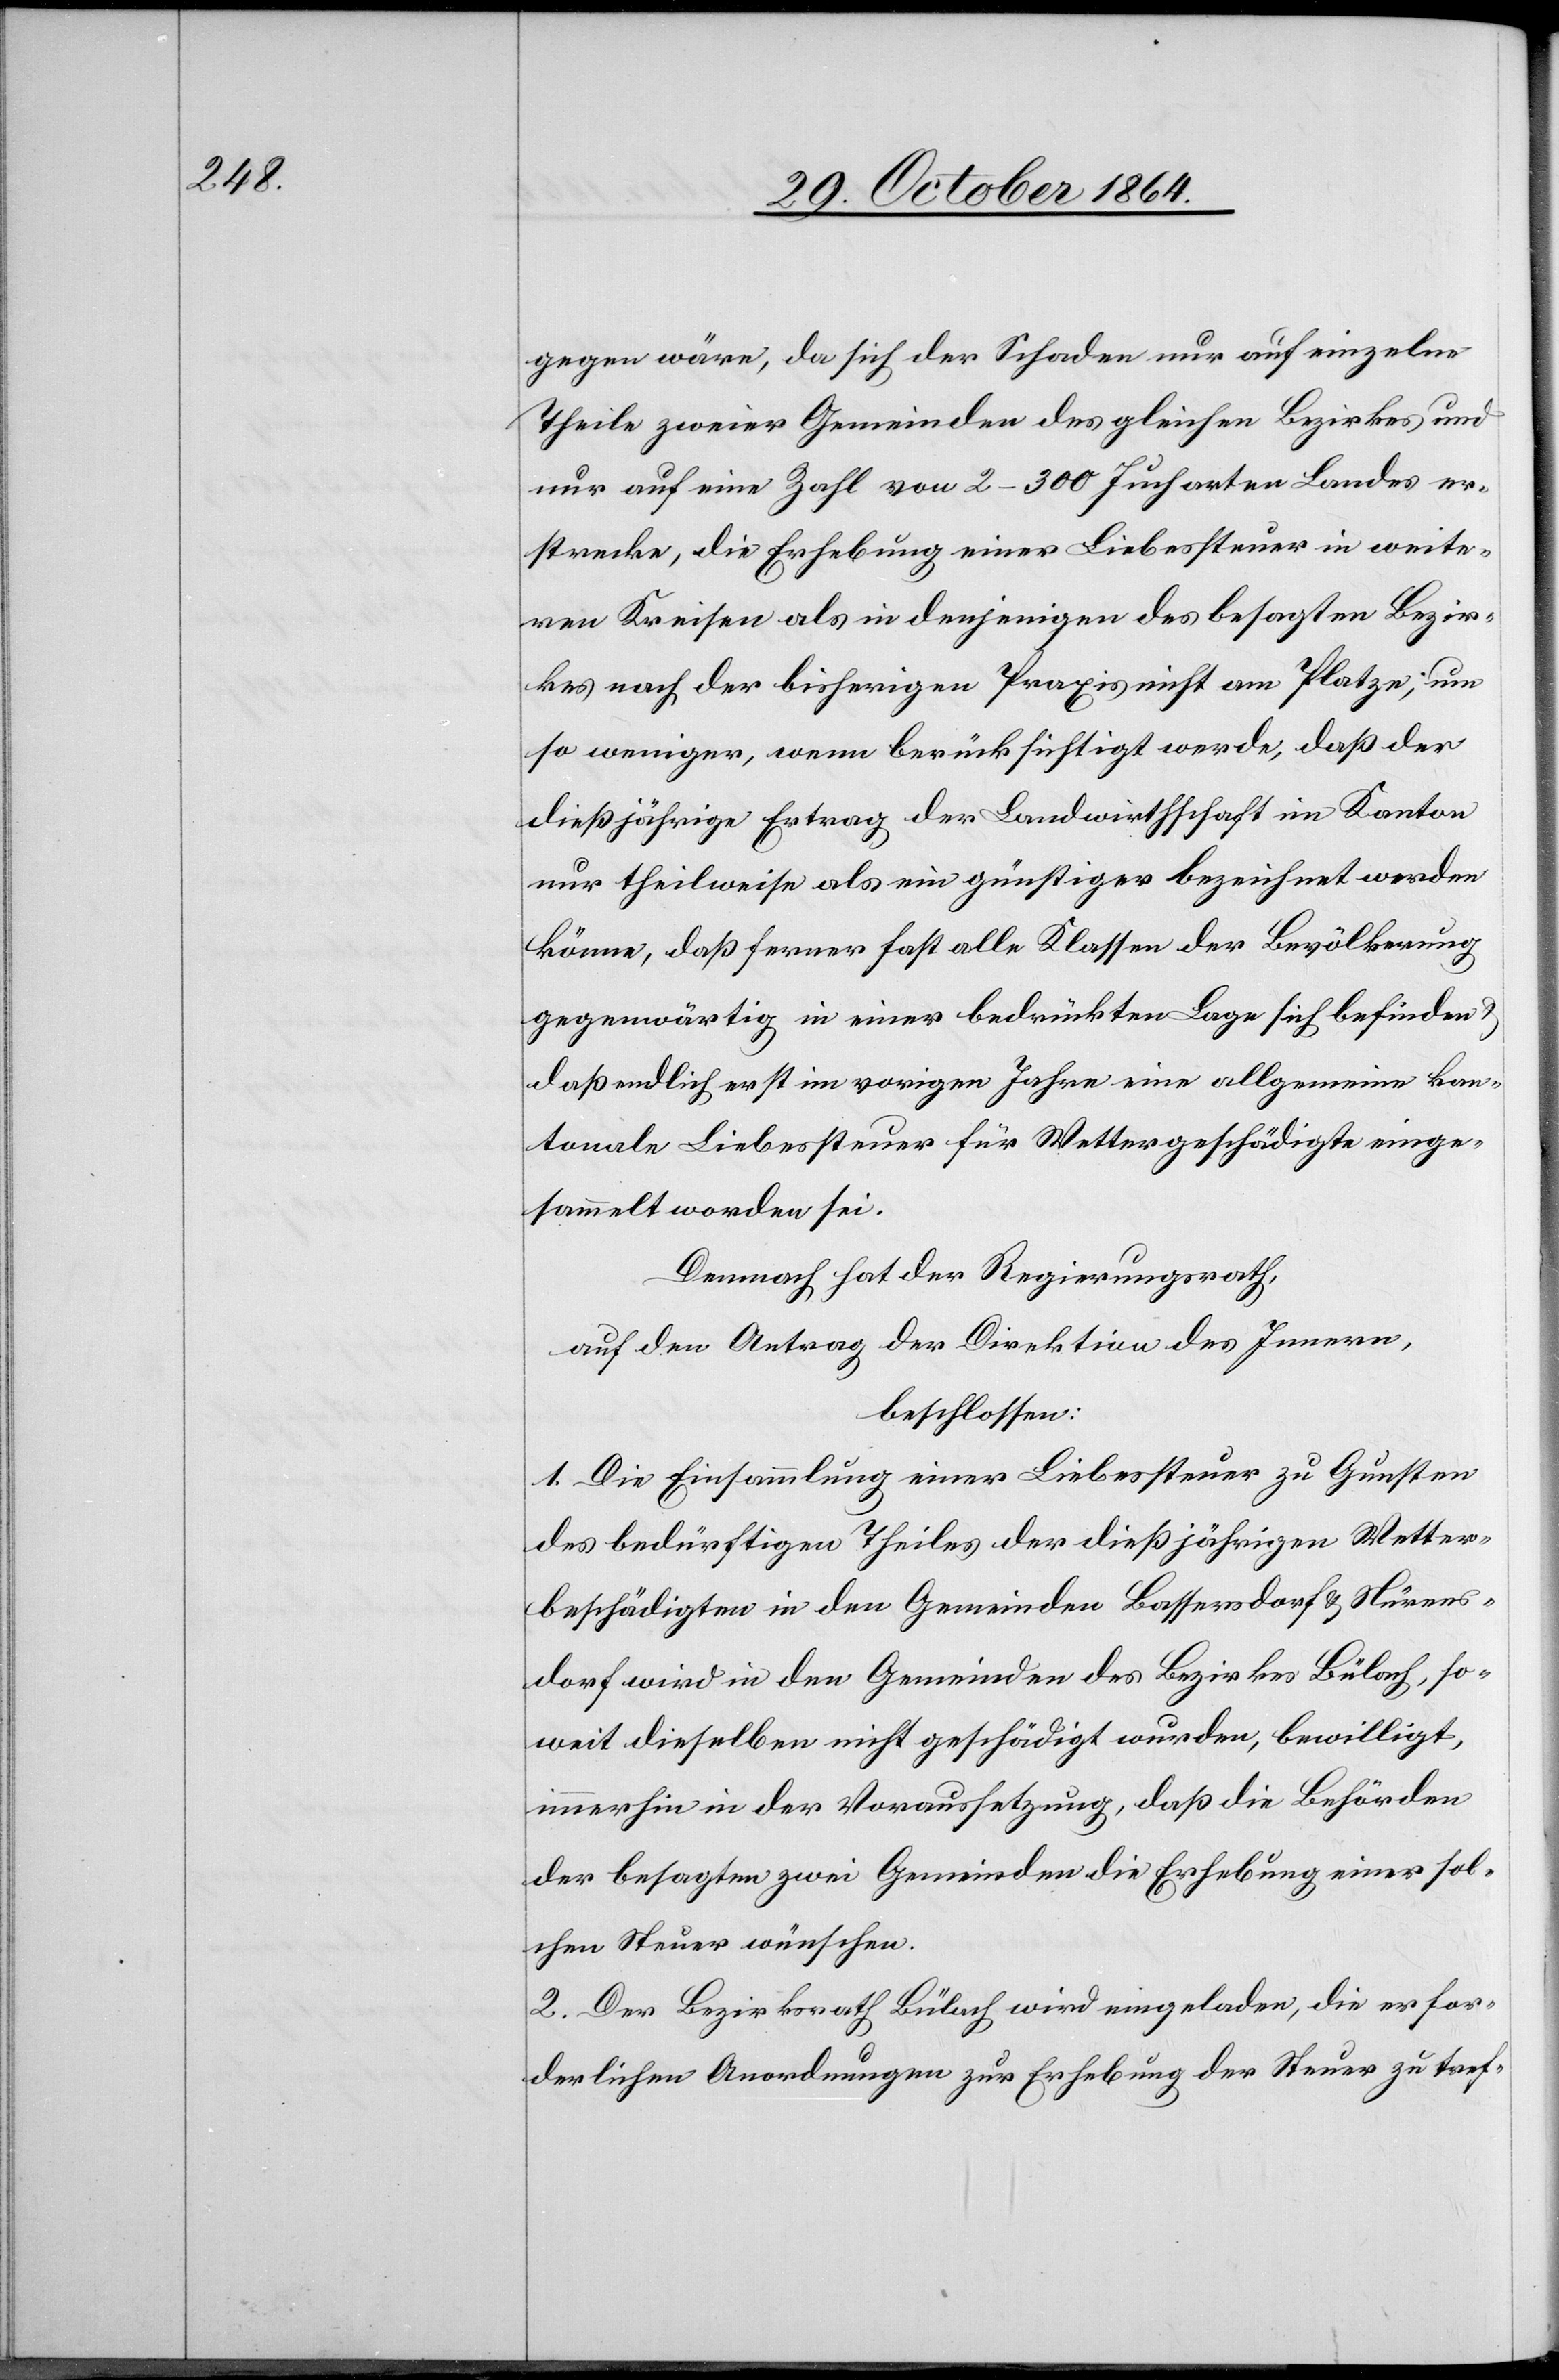
gegen wäre, da sich der Schaden nur auf einzelne
Theile zweier Gemeinden des gleichen Bezirkes und
nur auf eine Zahl von 2–300 Jucharten Landes er¬
strecke, die Erhebung einer Liebessteuer in weite¬
ren Kreisen als in denjenigen des besagten Bezir¬
kes nach der bisherigen Praxis nicht am Platze, um
so weniger, wenn berücksichtigt werde, daß der
dießjährige Ertrag der Landwirthschaft im Kanton
nur theilweise als ein günstiger bezeichnet werden
könne, daß ferner fast alle Klassen der Bevölkerung
gegenwärtig in einer bedrückten Lage sich befinden
daß endlich erst im vorigen Jahre eine allgemeine kan¬
tonale Liebessteuer für Wettergeschädigte einge¬
sammelt worden sei.
Demnach hat der Regierungsrath,
auf den Antrag der Direktion des Innern,
beschlossen:
1. Die Einsammlung einer Liebessteuer zu Gunsten
des bedürftigen Theiles der dießjährigen Wetter¬
beschädigten in den Gemeinden Bassersdorf & Nürens¬
dorf wird in den Gemeinden des Bezirkes Bülach, so¬
weit dieselben nicht geschädigt wurden, bewilligt,
immerhin in der Voraussetzung, daß die Behörden
der besagten zwei Gemeinden die Erhebung einer sol¬
chen Steuer wünschen.
2. Der Bezirksrath Bülach wird eingeladen, die erfor¬
derlichen Anordnungen zur Erhebung der Steuer zu tref-